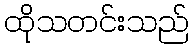
ထိုသတင်းသည်